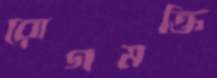
রোগমক্তি